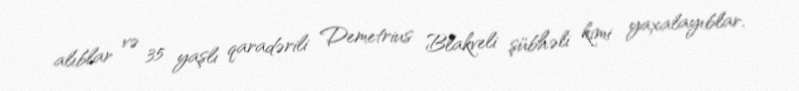
alıblar və 35 yaşlı qaradərili Demetrius Blakveli şübhəli kimi yaxalayıblar.